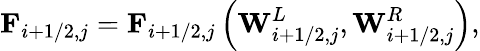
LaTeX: \mathbf{F}_{i+1/2,j}=\mathbf{F}_{i+1/2,j}\left(\mathbf{W}_{i+1/2,j}^{L},\mathbf{W}_{i+1/2,j}^{R}\right),